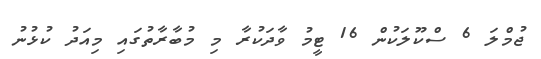
ޖުމްލަ 6 ސްކޫލަކުން 16 ޓީމު ވާދަކުރާ މި މުބާރާތުގައި މިއަދު ކުޅުނު